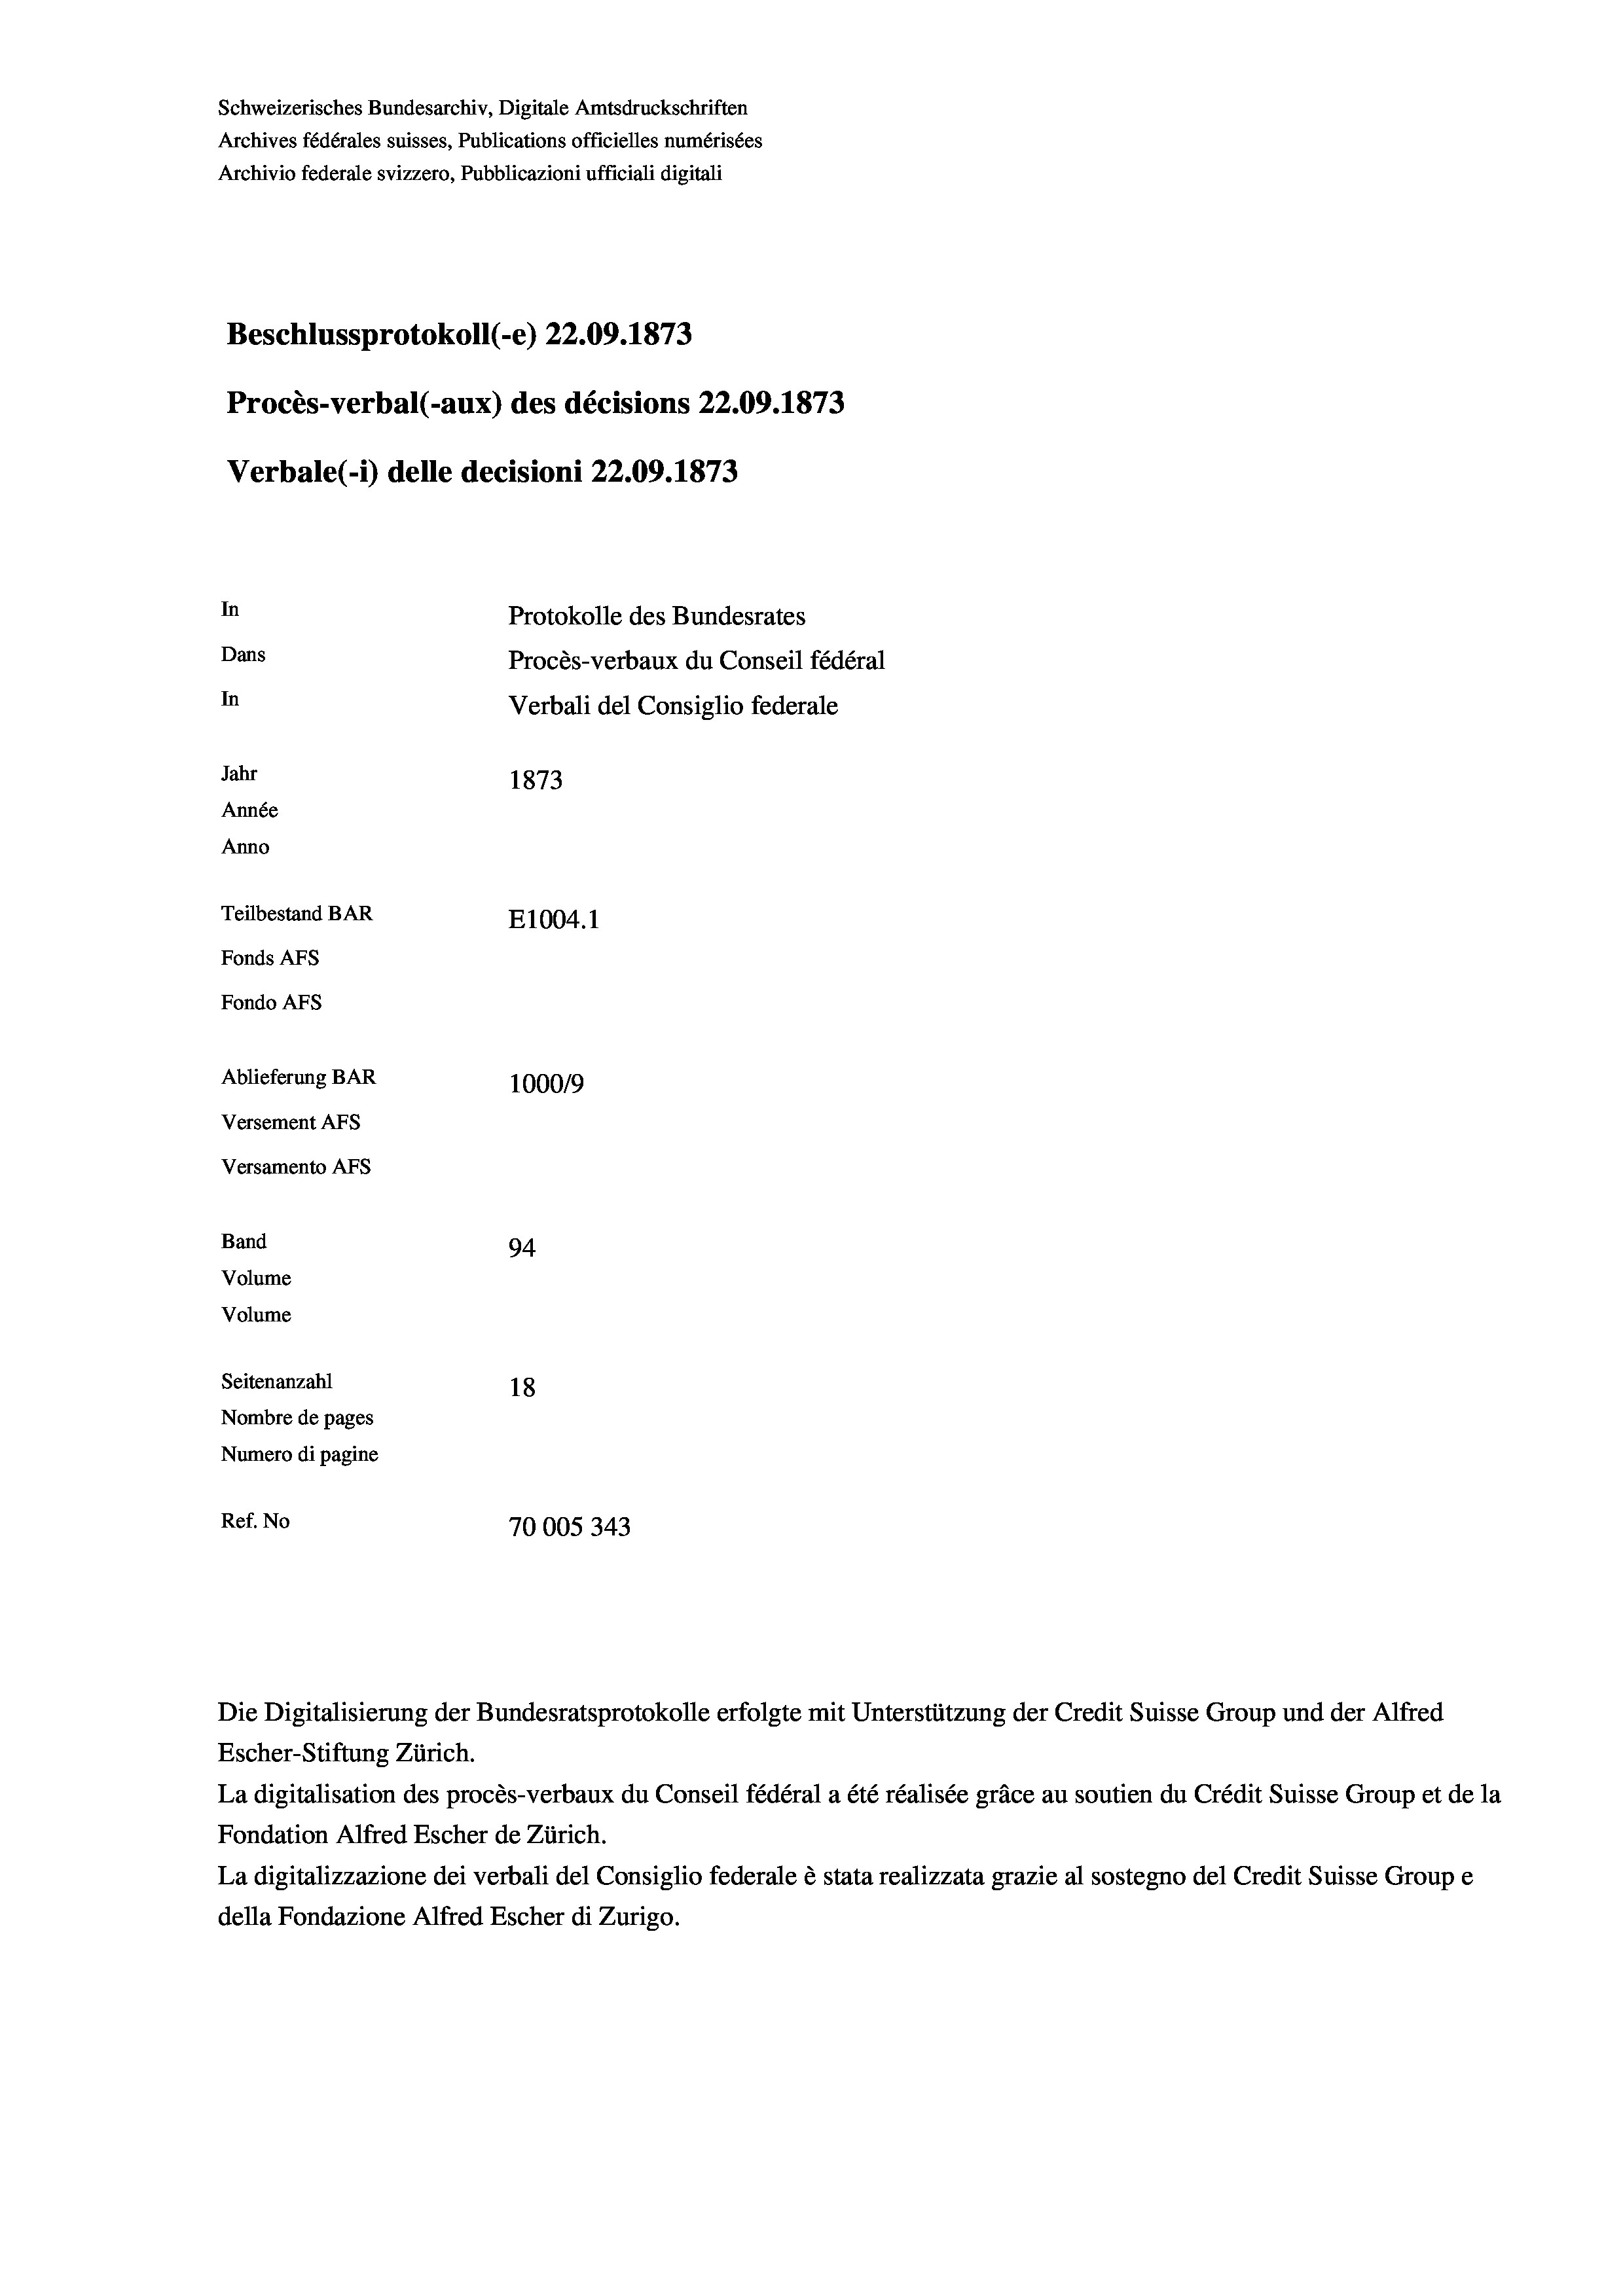
Schweizerisches Bundesarchiv, Digitale Amtsdruckschriften
Archives fédérales suisses, Publications officielles numérisées
Archivio federale svizzero, Pubblicazioni ufficiali digitali
Beschlussprotokoll (-e) 22.09. 1873
Procès-verbal (-aux) des décisions 22.09. 1873
Verbale(-*) delle decisioni 22.09. 1873
In
Protokolle des Bundesrates
Dans
Procès-verbaux du Conseil fédéral
In
Verbali del Consiglio federale
Jahr
1873
Année
Anno
Teilbestand BAR
E1004.1
Fonds AFs
Fondo AFs
Ablieferung BAR
100019
Versement Abs
Versamento Afs
Band
94
Volume
Volume
Seitenanzahl
18
Nombre de pages
Numero di pagine

Ref. No
70005343

Escher-Stiftung Zürich.
La digitalisation des procès-verbaux du Conseil fédéral a été réalisée gräce au soutien du Crédit Suisse Group et de la
Fondation Alfred Escher de Zürich.
La digitalizzazione dei verbali del Consiglio federale è stata realizzata grazie al sostegno del Credit Suisse Groupe
della Fondazione Alfred Escher di Zurigo.

Die Digitalisierung der Bundesratsprotokolle erfolgte mit Unterstützung der Credit Suisse Group und der Alfred